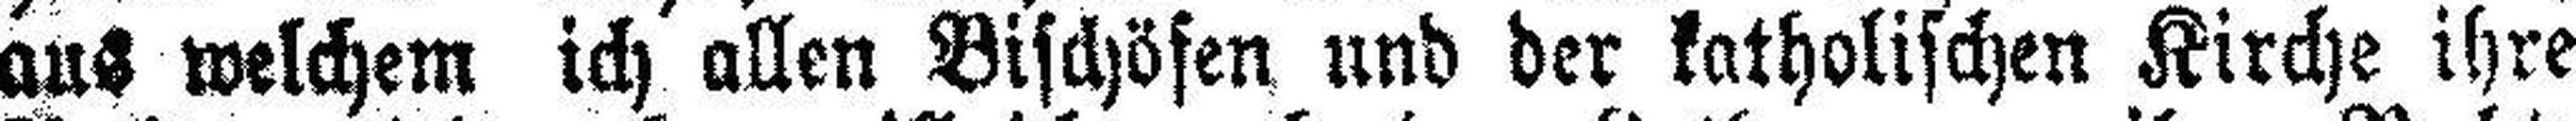
aus welchem ich allen Bischöfen und der katholischen Kirche ihre